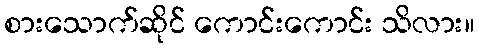
စားသောက်ဆိုင် ကောင်းကောင်း သိလား။